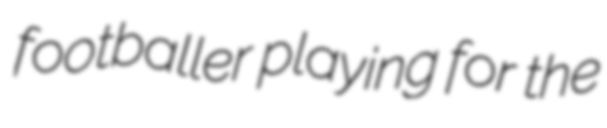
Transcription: footballer playing for the